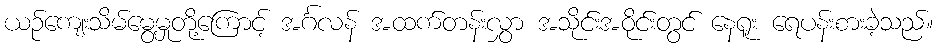
ယဉ်ကျေးသိမ်မွေ့မှုတို့ကြောင့် အင်္ဂလန် အထက်တန်းလွှာ အသိုင်းအဝိုင်းတွင် နေရူး ရေပန်းစားခဲ့သည်။